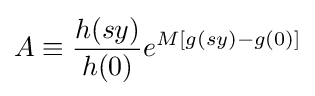
A\equiv {\frac {h(sy)}{h(0)}}e^{M\left[g(sy)-g(0)\right]}